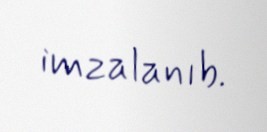
imzalanıb.